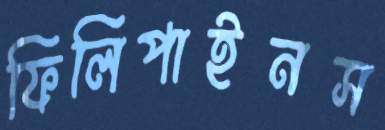
ফিলিপাইনস